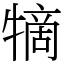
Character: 㹍